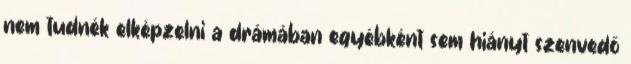
nem tudnék elképzelni a drámában egyébként sem hiányt szenvedő